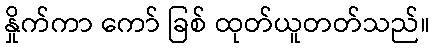
နှိုက်ကာ ကော် ခြစ် ထုတ်ယူတတ်သည်။